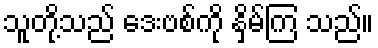
သူတို့သည် ဒေးဗစ်ကို နှိမ်ကြ သည်။